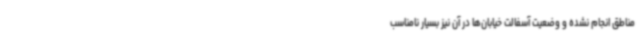
مناطق انجام نشده و وضعیت آسفالت خیابان‌ها در آن نیز بسیار نامناسب